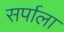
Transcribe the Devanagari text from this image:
सर्पाला